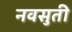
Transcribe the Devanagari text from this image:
नवसुती